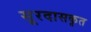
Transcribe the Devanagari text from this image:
सूरदासकृत